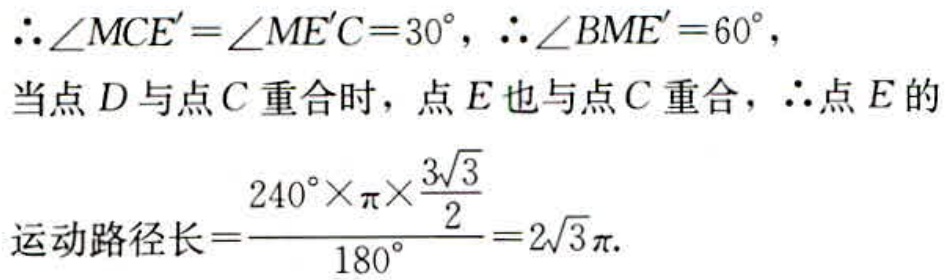
\(\therefore\angle MCE'=\angle ME'C = 30^{\circ},\ \therefore\angle BME' = 60^{\circ},\)
当点\(D\)与点\(C\)重合时，点\(E\)也与点\(C\)重合，\(\therefore\)点\(E\)的
运动路径长\(=\dfrac{240^{\circ}\times\pi\times\dfrac{3\sqrt{3}}{2}}{180^{\circ}} = 2\sqrt{3}\pi.\)